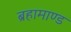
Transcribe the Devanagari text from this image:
ब्रहामाण्ड